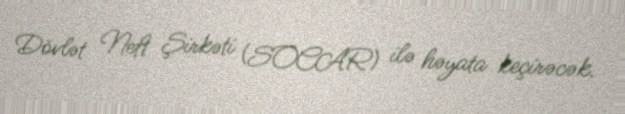
Dövlət Neft Şirkəti (SOCAR) ilə həyata keçirəcək.